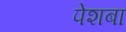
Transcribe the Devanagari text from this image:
पेशबा